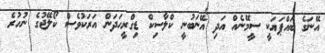
އޭނަގެ ބައްޕަޔަކީ ސީމޭނެއް އަދި އޭނަބުނީ ކްލާސިކް ޑިގްރީހަދަން އަރަކުވެސް ކޯލޭޖުގެ ނުހުރެ